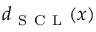
d _ { \mathrm { ~ S ~ C ~ L ~ } } ( \boldsymbol { x } )